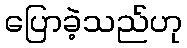
ပြောခဲ့သည်ဟု